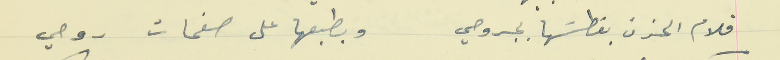
قلام الحزن بغطسَها بجروحي                                  وبطبعها على صفحات روحي